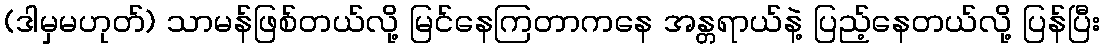
(ဒါမှမဟုတ်) သာမန်ဖြစ်တယ်လို့ မြင်နေကြတာကနေ အန္တရာယ်နဲ့ ပြည့်နေတယ်လို့ ပြန်ပြီး